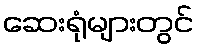
ဆေးရုံများတွင်